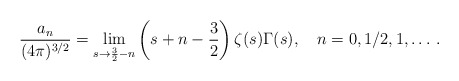
\begin{align*}\frac{a_n}{(4\pi)^{3/2}}=\lim_{s\to\frac{3}{2}-n}\left (s+n-\frac{3}{2}\right )\zeta (s)\Gamma (s), \quad n=0, 1/2,1, \ldots \,{.}\end{align*}